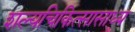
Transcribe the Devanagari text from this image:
शल्यचिकित्सासाध्य